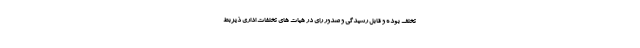
تخلف بوده و قابل رسیدگی و صدور رای در هیات های تخلفات اداری ذیربط